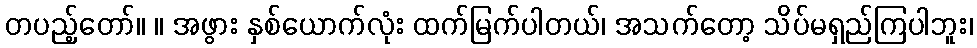
တပည့်တော်။ ။ အဖွား နှစ်ယောက်လုံး ထက်မြက်ပါတယ်၊ အသက်တော့ သိပ်မရှည်ကြပါဘူး၊